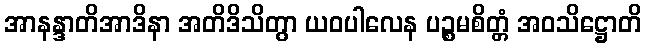
အာနန္ဒာတိအာဒိနာ အတိဒိသိတွာ ယဝပါလေန ပဉ္စမစိတ္တံ အဝသိဋ္ဌောတိ